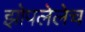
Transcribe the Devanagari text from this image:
झोपलेलेच